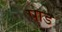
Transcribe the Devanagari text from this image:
पाड